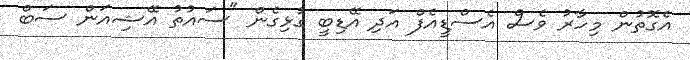
އެގޮތުން މިހާރު ވެސް އެސްޑީއެފް އަދި އޭޑިބީ ގުޅިގެން "ސައުތު އޭޝިއަން ސަބް